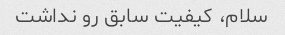
سلام، کیفیت سابق رو نداشت